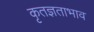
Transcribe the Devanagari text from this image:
कृतज्ञताभाव